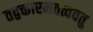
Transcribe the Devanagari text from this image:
तद्वक्तारमवत्ववतु